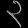
Digit: ၃